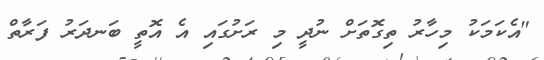
"އެކަމަކު މިހާރު ތިގޮތަށް ނުދީ މި ރަށުގައި އެ އޮތީ ބަނދަރު ފަރާތް